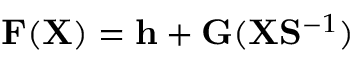
{ \displaystyle { \bf F } ( { \bf X } ) = { \bf h } + { \bf G } ( { \bf X } { \bf S } ^ { - 1 } ) }